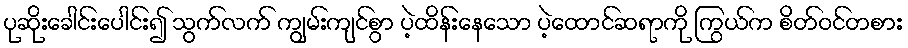
ပုဆိုးခေါင်းပေါင်း၍ သွက်လက် ကျွမ်းကျင်စွာ ပဲ့ထိန်းနေသော ပဲ့ထောင်ဆရာကို ကြွယ်က စိတ်ဝင်တစား